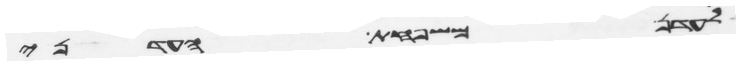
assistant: לעדן משפחת העדני